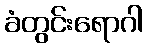
ခံတွင်းရောဂါ